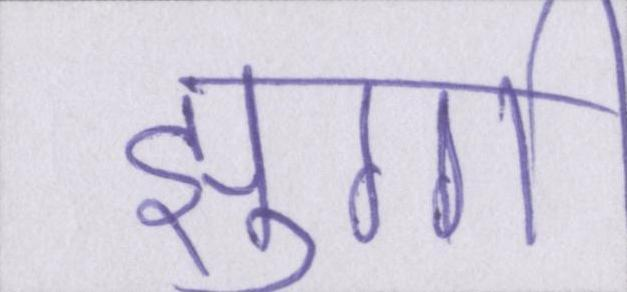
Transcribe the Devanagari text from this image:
झुग्गी